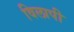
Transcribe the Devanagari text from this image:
विलापी